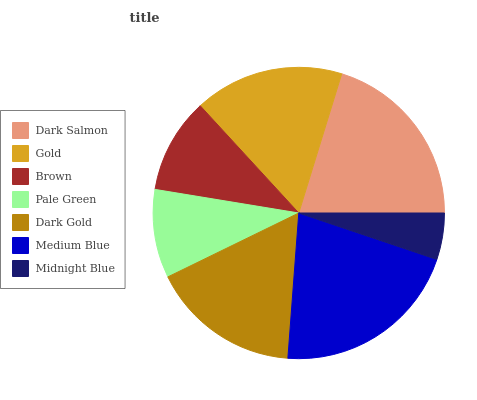
| Dark Salmon | Gold | Brown | Pale Green | Dark Gold | Medium Blue | Midnight Blue |
 | --- | --- | --- | --- | --- | --- | --- |
 | 20.2% | 16.6% | 10.6% | 9.82% | 16.6% | 21% | 5.16% |